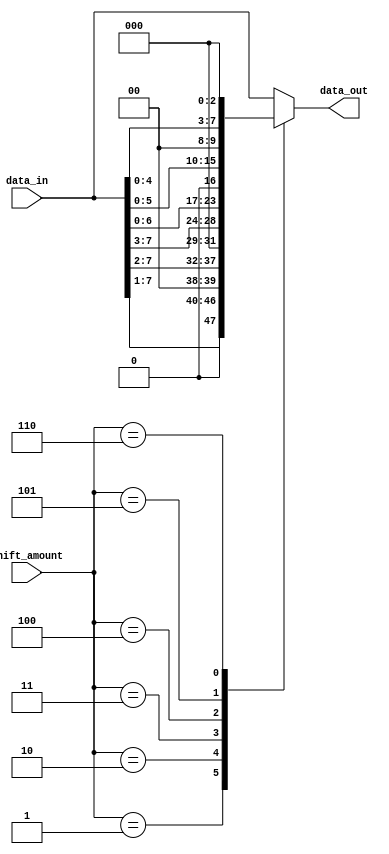
module Barrel_Shifter(
    input [7:0] data_in,
    input [2:0] shift_amount,
    output reg [7:0] data_out
);

reg [7:0] temp_data;

always @ (data_in, shift_amount) begin
    temp_data = data_in;
    
    // Binary Tree Barrel Shifter logic
    case(shift_amount)
        3'b000: begin
            data_out = temp_data;
        end
        3'b001: begin
            data_out = temp_data >> 1;
        end
        3'b010: begin
            data_out = temp_data >> 2;
        end
        3'b011: begin
            data_out = temp_data >> 3;
        end
        3'b100: begin
            data_out = temp_data << 1;
        end
        3'b101: begin
            data_out = temp_data << 2;
        end
        3'b110: begin
            data_out = temp_data << 3;
        end
        default: begin
            data_out = temp_data;
        end
    endcase
end

endmodule